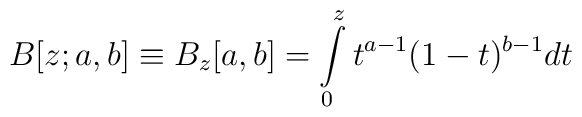
B[z;a,b]\equiv B_z[a,b]=\int\limits_{0}^z t^{a-1} (1-t)^{b-1}dt